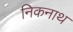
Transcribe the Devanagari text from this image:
निकनाथ